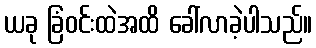
ယခု ခြံဝင်းထဲအထိ ခေါ်လာခဲ့ပါသည်။